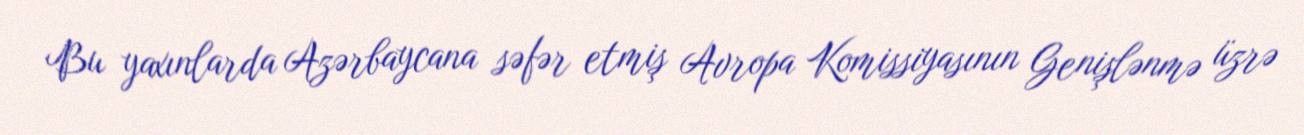
Bu yaxınlarda Azərbaycana səfər etmiş Avropa Komissiyasının Genişlənmə üzrə